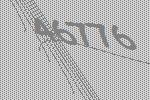
46776